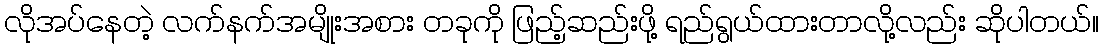
လိုအပ်နေတဲ့ လက်နက်အမျိုးအစား တခုကို ဖြည့်ဆည်းဖို့ ရည်ရွယ်ထားတာလို့လည်း ဆိုပါတယ်။